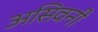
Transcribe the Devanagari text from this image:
असिवनी